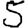
Digit: 5